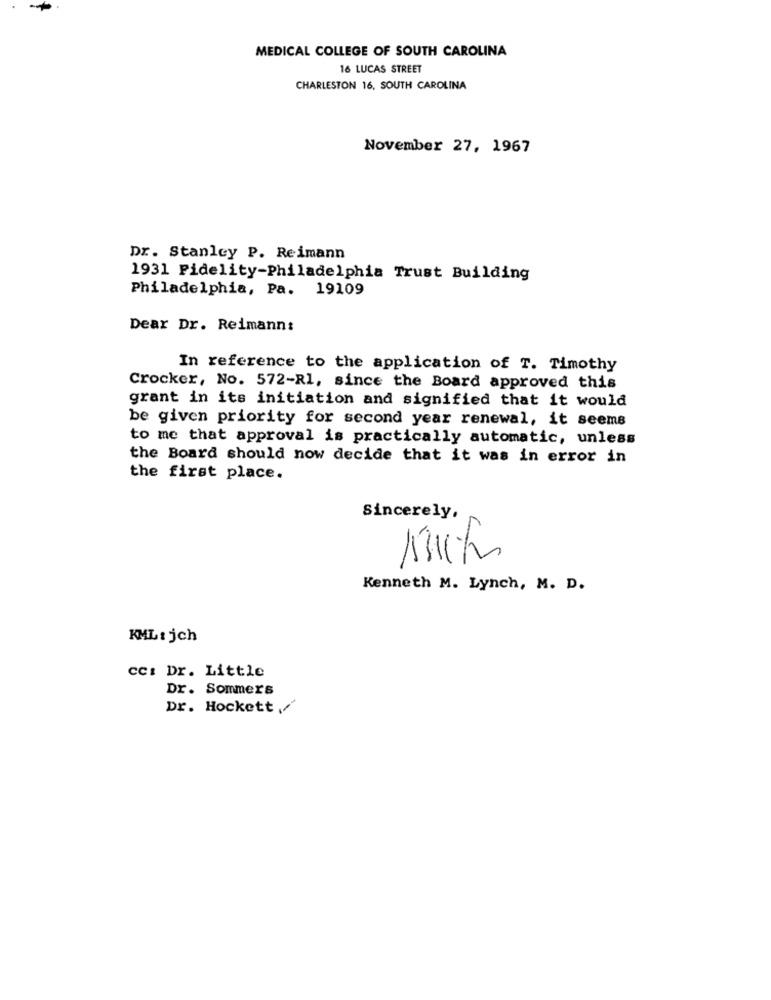
MEDICAL COLLEGE OF SOUTH CAROLINA
16 LUCAS STREET
CHARLESTON 16, SOUTH CAROLINA
November 27, 1967
Dr. Stanley P. Reimann
1931 Fidelity-Philadelphia Trust Building
Philadelphia, Pa. 19109
Dear Dr. Reimann:
In reference to the application of T. Timothy
Crocker, No. 572-Rl, since the Board approved this
grant in its initiation and signified that it would
be given priority for second year renewal, it seems
to me that approval is practically automatic, unless
the Board should now decide that it was in error in
the first place.
Sincerely,
Kenneth M. Lynch, M. D.
KML : jch
cc: Dr. Little
Dr. Sommers
Dr. Hockett /